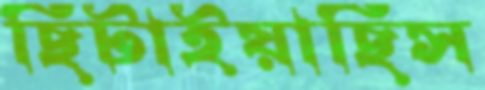
ছিটাইয়াছিস